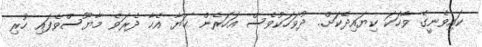
ކައިވެނީގެ ވާހަކަ ކިޔައިދޭކަށް.. ދުވަހަކުވެސް އަހަރެން ޙަޔާ އެހާ ދެރަވެ މާޔޫސްވެފައި ހުރި